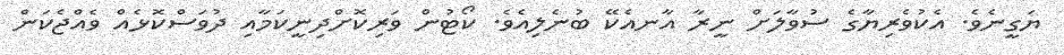
ޔަގީނެވެ. އެކުވެރިޔާގެ ސުވާލަށް ނީރާ އާނއެކޭ ބުނެލިއެވެ. ކޯޓުން ވަރިކޮށްދިނީކަމާއި ދުވަސްކޮޅެއް ވެއްޖެކަން